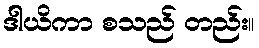
ဒါယိကာ စသည် တည်း။